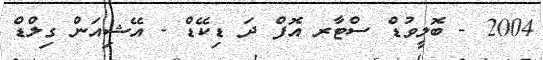
2004 - ބޮލީވުޑް ސްޓާރ އޮފް ދަ ޑިކޭޑް - އޭޝިއަން ގިލްޑް